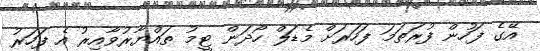
އޭގެ ފަހުން ފުރަތަމަ ފަހަރަށް މެޑަލް ހޯދަން ޓީމު ތައްޔާރުވާއިރު އެ ފަހަރު